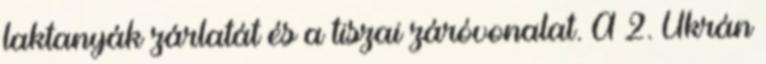
laktanyák zárlatát és a tiszai záróvonalat. A 2. Ukrán